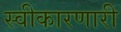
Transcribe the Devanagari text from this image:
स्वीकारणारी